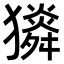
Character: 𤢯